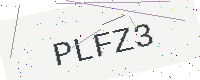
Text: PLFZ3